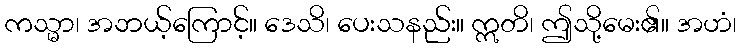
ကသ္မာ၊ အဘယ့်ကြောင့်။ ဒေသိ၊ ပေးသနည်း။ ဣတိ၊ ဤသို့မေး၏။ အဟံ၊